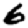
Digit: 5